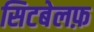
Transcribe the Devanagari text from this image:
सिटबेलफ़